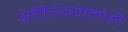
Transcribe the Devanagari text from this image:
अतिरेक्यांनाही